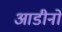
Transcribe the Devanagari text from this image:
आडीनो